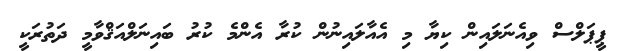
ޕީޕަލްސް ވިއެނަލައިން ކިޔާ މި އެއާލައިނުން ކުރާ އެންމެ ކުރު ބައިނަލްއަޤްވާމީ ދަތުރަކީ